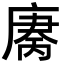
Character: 𫷻